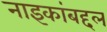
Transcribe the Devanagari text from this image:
नाइकांबद्दल